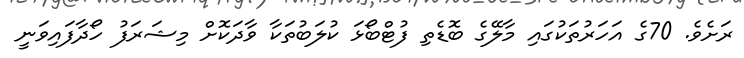
ރަށެވެ. 70ގެ އަހަރުތަކުގައި މާލޭގެ ބޮޑެތި ފުޓްބޯޅަ ކުލަބުތަކާ ވާދަކޮށް މިޝަރަފު ހޯދާފައިވަނީ